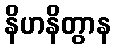
နိဟနိတွာန